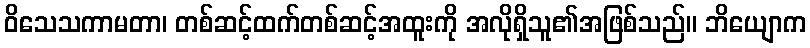
ဝိသေသကာမတာ၊ တစ်ဆင့်ထက်တစ်ဆင့်အထူးကို အလိုရှိသူ၏အဖြစ်သည်။ ဘိယျောက